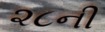
૨૮ની